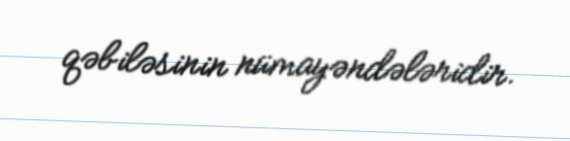
qəbiləsinin nümayəndələridir.